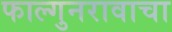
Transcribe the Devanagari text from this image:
फाल्गुनरावाचा